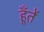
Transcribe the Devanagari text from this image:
हूँतें